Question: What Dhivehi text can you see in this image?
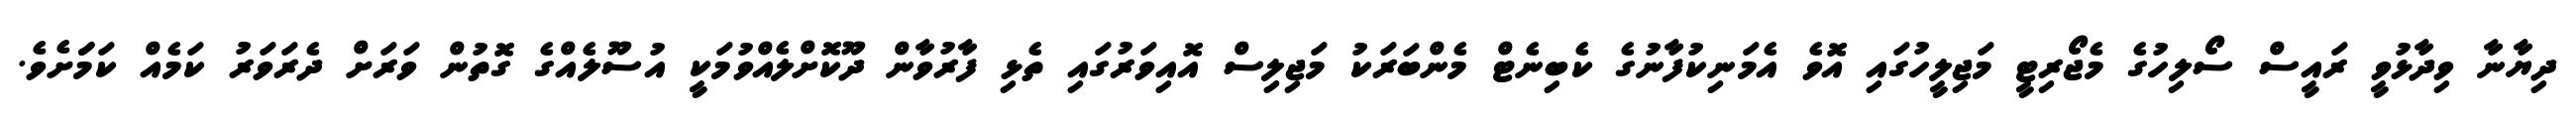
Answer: ދިޔާނާ ވިދާޅުވީ ރައީސް ސޯލިހުގެ މެޖޯރިޓީ މަޖިލީހުގައި އޮވެ އެމަނިކުފާނުގެ ކެބިނެޓް މެންބަރަކު މަޖިލިސް އޮއިވަރުގައި ތެޅި ފާރުވާން ދޫކޮށްލެއްވުމަކީ އުސޫލެއްގެ ގޮތުން ވަރަށް ދެރަވަރު ކަމެއް ކަމަަަށެވެ.